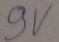
Text: 9V